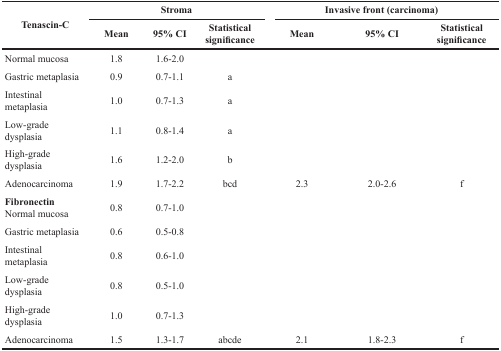
| <ROWSPAN=2> Tenascin-C | <COLSPAN=3> Stroma | <COLSPAN=3> Invasive front (carcinoma) |
 | Mean | 95% CI | Statistical significance | Mean | 95% CI | Statistical significance |
 | --- | --- | --- | --- | --- | --- | --- |
 | Normal mucosa | 1.8 | 1.6-2.0 |  |  |  |  |
 | Gastric metaplasia | 0.9 | 0.7-1.1 | a |  |  |  |
 | Intestinal metaplasia | 1.0 | 0.7-1.3 | a |  |  |  |
 | Low-grade dysplasia | 1.1 | 0.8-1.4 | a |  |  |  |
 | High-grade dysplasia | 1.6 | 1.2-2.0 | b |  |  |  |
 | Adenocarcinoma | 1.9 | 1.7-2.2 | bcd | 2.3 | 2.0-2.6 | f |
 | Fibronectin Normal mucosa | 0.8 | 0.7-1.0 |  |  |  |  |
 | Gastric metaplasia | 0.6 | 0.5-0.8 |  |  |  |  |
 | Intestinal metaplasia | 0.8 | 0.6-1.0 |  |  |  |  |
 | Low-grade dysplasia | 0.8 | 0.5-1.0 |  |  |  |  |
 | High-grade dysplasia | 1.0 | 0.7-1.3 |  |  |  |  |
 | Adenocarcinoma | 1.5 | 1.3-1.7 | abcde | 2.1 | 1.8-2.3 | f |